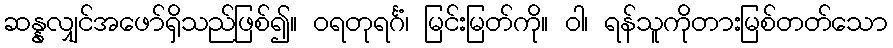
ဆန္နလျှင်အဖော်ရှိသည်ဖြစ်၍။ ဝရတုရင်္ဂံ၊ မြင်းမြတ်ကို။ ဝါ၊ ရန်သူကိုတားမြစ်တတ်သော